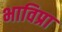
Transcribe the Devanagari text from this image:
भाविप्रा